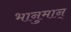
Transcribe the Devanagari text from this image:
भानुमान्